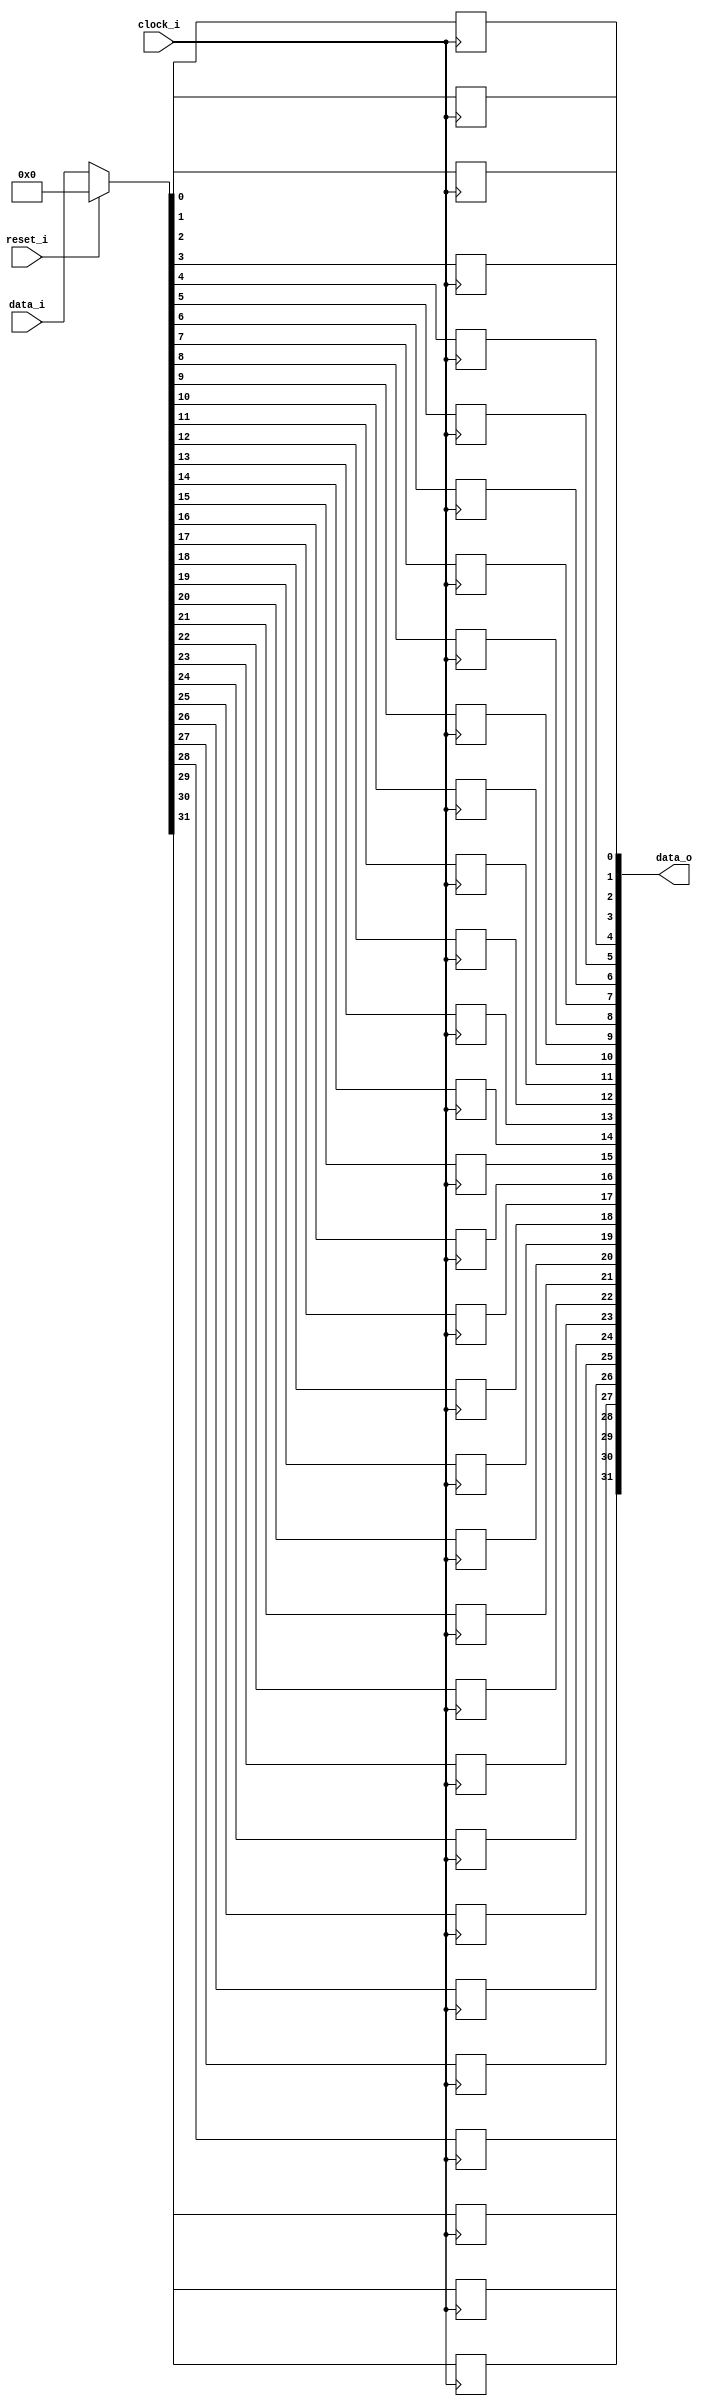
module bsg_dff_reset_width_p32_harden_p1
(
  clock_i,
  data_i,
  reset_i,
  data_o
);

  input [31:0] data_i;
  output [31:0] data_o;
  input clock_i;
  input reset_i;
  wire N0,N1,N2,N3,N4,N5,N6,N7,N8,N9,N10,N11,N12,N13,N14,N15,N16,N17,N18,N19,N20,N21,
  N22,N23,N24,N25,N26,N27,N28,N29,N30,N31,N32,N33,N34;
  reg [31:0] data_o;

  always @(posedge clock_i) begin
    if(1'b1) begin
      data_o[31] <= N34;
    end 
  end


  always @(posedge clock_i) begin
    if(1'b1) begin
      data_o[30] <= N33;
    end 
  end


  always @(posedge clock_i) begin
    if(1'b1) begin
      data_o[29] <= N32;
    end 
  end


  always @(posedge clock_i) begin
    if(1'b1) begin
      data_o[28] <= N31;
    end 
  end


  always @(posedge clock_i) begin
    if(1'b1) begin
      data_o[27] <= N30;
    end 
  end


  always @(posedge clock_i) begin
    if(1'b1) begin
      data_o[26] <= N29;
    end 
  end


  always @(posedge clock_i) begin
    if(1'b1) begin
      data_o[25] <= N28;
    end 
  end


  always @(posedge clock_i) begin
    if(1'b1) begin
      data_o[24] <= N27;
    end 
  end


  always @(posedge clock_i) begin
    if(1'b1) begin
      data_o[23] <= N26;
    end 
  end


  always @(posedge clock_i) begin
    if(1'b1) begin
      data_o[22] <= N25;
    end 
  end


  always @(posedge clock_i) begin
    if(1'b1) begin
      data_o[21] <= N24;
    end 
  end


  always @(posedge clock_i) begin
    if(1'b1) begin
      data_o[20] <= N23;
    end 
  end


  always @(posedge clock_i) begin
    if(1'b1) begin
      data_o[19] <= N22;
    end 
  end


  always @(posedge clock_i) begin
    if(1'b1) begin
      data_o[18] <= N21;
    end 
  end


  always @(posedge clock_i) begin
    if(1'b1) begin
      data_o[17] <= N20;
    end 
  end


  always @(posedge clock_i) begin
    if(1'b1) begin
      data_o[16] <= N19;
    end 
  end


  always @(posedge clock_i) begin
    if(1'b1) begin
      data_o[15] <= N18;
    end 
  end


  always @(posedge clock_i) begin
    if(1'b1) begin
      data_o[14] <= N17;
    end 
  end


  always @(posedge clock_i) begin
    if(1'b1) begin
      data_o[13] <= N16;
    end 
  end


  always @(posedge clock_i) begin
    if(1'b1) begin
      data_o[12] <= N15;
    end 
  end


  always @(posedge clock_i) begin
    if(1'b1) begin
      data_o[11] <= N14;
    end 
  end


  always @(posedge clock_i) begin
    if(1'b1) begin
      data_o[10] <= N13;
    end 
  end


  always @(posedge clock_i) begin
    if(1'b1) begin
      data_o[9] <= N12;
    end 
  end


  always @(posedge clock_i) begin
    if(1'b1) begin
      data_o[8] <= N11;
    end 
  end


  always @(posedge clock_i) begin
    if(1'b1) begin
      data_o[7] <= N10;
    end 
  end


  always @(posedge clock_i) begin
    if(1'b1) begin
      data_o[6] <= N9;
    end 
  end


  always @(posedge clock_i) begin
    if(1'b1) begin
      data_o[5] <= N8;
    end 
  end


  always @(posedge clock_i) begin
    if(1'b1) begin
      data_o[4] <= N7;
    end 
  end


  always @(posedge clock_i) begin
    if(1'b1) begin
      data_o[3] <= N6;
    end 
  end


  always @(posedge clock_i) begin
    if(1'b1) begin
      data_o[2] <= N5;
    end 
  end


  always @(posedge clock_i) begin
    if(1'b1) begin
      data_o[1] <= N4;
    end 
  end


  always @(posedge clock_i) begin
    if(1'b1) begin
      data_o[0] <= N3;
    end 
  end

  assign { N34, N33, N32, N31, N30, N29, N28, N27, N26, N25, N24, N23, N22, N21, N20, N19, N18, N17, N16, N15, N14, N13, N12, N11, N10, N9, N8, N7, N6, N5, N4, N3 } = (N0)? { 1'b0, 1'b0, 1'b0, 1'b0, 1'b0, 1'b0, 1'b0, 1'b0, 1'b0, 1'b0, 1'b0, 1'b0, 1'b0, 1'b0, 1'b0, 1'b0, 1'b0, 1'b0, 1'b0, 1'b0, 1'b0, 1'b0, 1'b0, 1'b0, 1'b0, 1'b0, 1'b0, 1'b0, 1'b0, 1'b0, 1'b0, 1'b0 } : 
                                                                                                                                                                       (N1)? data_i : 1'b0;
  assign N0 = reset_i;
  assign N1 = N2;
  assign N2 = ~reset_i;

endmodule